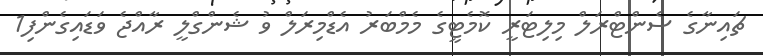
ޗައިނާގެ ސެންޓްރަލް މިލިޓަރީ ކޮމެޓީގެ މެމްބަރު އެޑްމިރަލް ވު ޝެންގްލީ ރާއްޖެ ވަޑައިގެންފި1